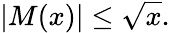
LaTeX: |M(x)|\leq{\sqrt{x}}.